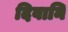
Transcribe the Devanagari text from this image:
दिवानि